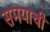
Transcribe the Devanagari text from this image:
समयाची